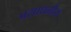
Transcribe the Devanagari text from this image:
प्रसाधनीय